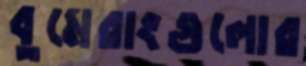
বুমেরাংগুলোর